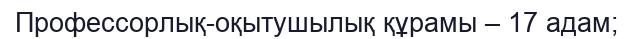
Профессорлық-оқытушылық құрамы – 17 адам;